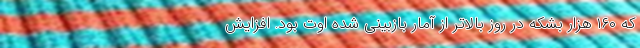
که ۱۶۰ هزار بشکه در روز بالاتر از آمار بازبینی شده اوت بود. افزایش